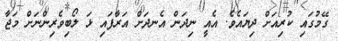
ގޭމުގައި ކުރިއަށް ދިޔައެވެ. އެއީ ނިދަން އެނދަށް އަރާފައި ޅަ ލޯބިވެރިންނަށް މަޖާ